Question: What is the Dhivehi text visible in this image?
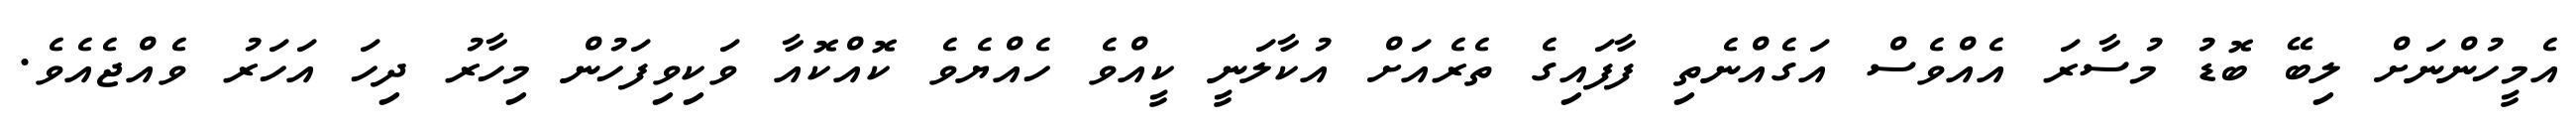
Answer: އެމީހުންނަށް ލިބޭ ބޮޑު މުސާރަ އެއްވެސް އަގެއްނެތި ފާފައިގެ ތެރެއަށް އުކާލަނީ ކީއްވެ ހެއްޔެވެ ކޮއްކޮއާ ވަކިވިފަހުން މިހާރު ދިހަ އަހަރު ވެއްޖެއެވެ.